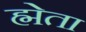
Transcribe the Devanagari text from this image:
ह्मेता